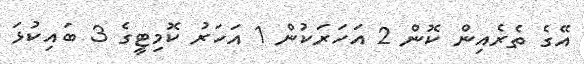
އޭގެ ތެރެއިން ކޮން 2 އަހަރަކުން 1 އަހަރު ކޮމިޓީގެ 3 ބައިކުޅަ